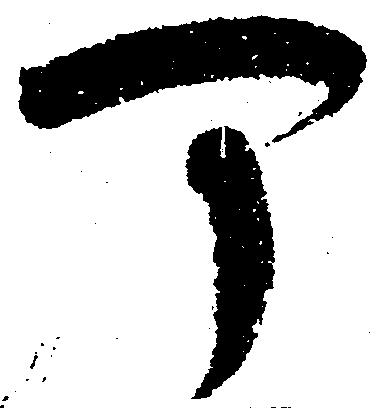
可